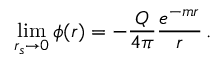
\operatorname* { l i m } _ { r _ { s } \to 0 } \phi ( r ) = - \frac Q { 4 \pi } \frac { e ^ { - m r } } r \, .